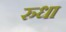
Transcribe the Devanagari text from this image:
रुधा